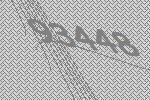
93448